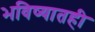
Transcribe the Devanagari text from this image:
भविष्यातही